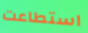
استطاعت